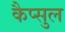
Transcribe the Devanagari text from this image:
कैप्सुल